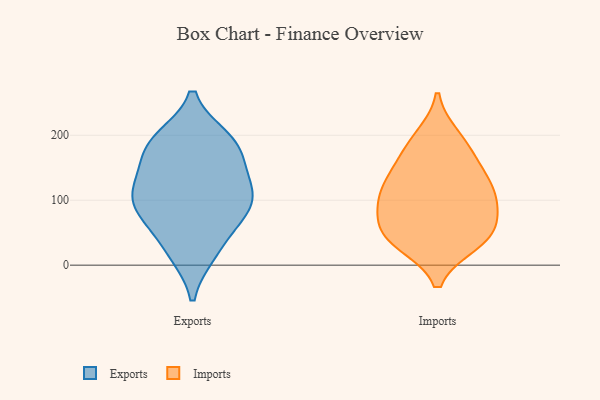
{"axis": {"x": "Humidity (%)", "y": "Value"}, "legend": ["Exports", "Imports"], "data": [{"x": "", "y": 104, "type": "Exports"}, {"x": "", "y": 186, "type": "Exports"}, {"x": "", "y": 179, "type": "Exports"}, {"x": "", "y": 101, "type": "Exports"}, {"x": "", "y": 146, "type": "Exports"}, {"x": "", "y": 19, "type": "Exports"}, {"x": "", "y": 194, "type": "Exports"}, {"x": "", "y": 73, "type": "Exports"}, {"x": "", "y": 131, "type": "Exports"}, {"x": "", "y": 72, "type": "Exports"}, {"x": "", "y": 89, "type": "Exports"}, {"x": "", "y": 190, "type": "Exports"}, {"x": "", "y": 22, "type": "Exports"}, {"x": "", "y": 117, "type": "Exports"}, {"x": "", "y": 184, "type": "Imports"}, {"x": "", "y": 45, "type": "Imports"}, {"x": "", "y": 40, "type": "Imports"}, {"x": "", "y": 100, "type": "Imports"}, {"x": "", "y": 161, "type": "Imports"}, {"x": "", "y": 115, "type": "Imports"}, {"x": "", "y": 197, "type": "Imports"}, {"x": "", "y": 65, "type": "Imports"}, {"x": "", "y": 42, "type": "Imports"}, {"x": "", "y": 132, "type": "Imports"}, {"x": "", "y": 133, "type": "Imports"}, {"x": "", "y": 98, "type": "Imports"}, {"x": "", "y": 84, "type": "Imports"}, {"x": "", "y": 34, "type": "Imports"}]}